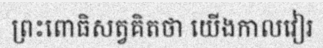
ព្រះពោធិសត្វគិតថា យើងកាលវៀរ